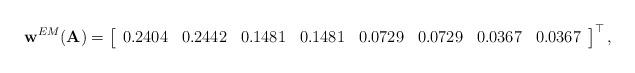
LaTeX: \begin{align*}\mathbf{w}^{EM}(\mathbf{A}) = \left[\begin{array}{cccc cccc} 0.2404 & 0.2442 & 0.1481 & 0.1481 & 0.0729 & 0.0729 & 0.0367 & 0.0367 \\\end{array}\right]^\top,\end{align*}